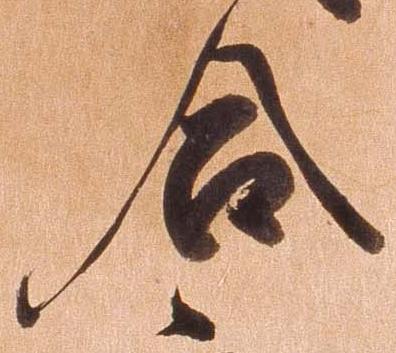
合